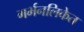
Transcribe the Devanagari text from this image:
गर्भनलिकेत